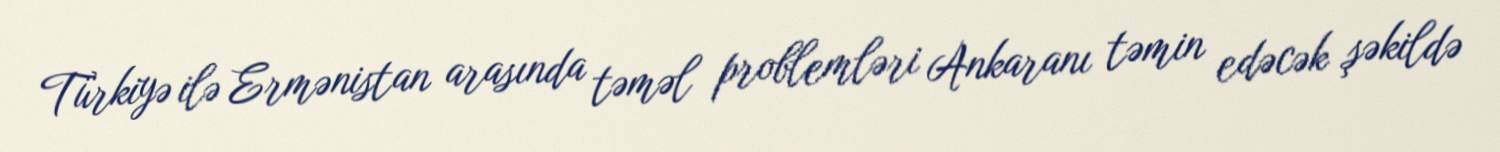
Türkiyə ilə Ermənistan arasında təməl problemləri Ankaranı təmin edəcək şəkildə